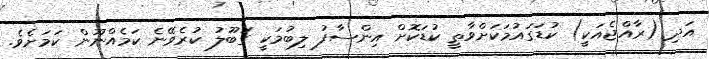
އަދި (ރާއްޖެއަކީ) ކުޑަގައުމަކަށްވާތީ ކުޑަކޮށް އިންސާފު ލިބުމަކީ ގަބޫލު ކުރެވޭނެ ކަމެއްނޫން ކަމަށެވެ.